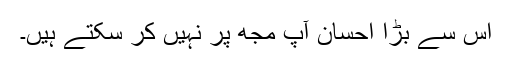
اس سے بڑا احسان آپ مجھ پر نہیں کر سکتے ہیں۔